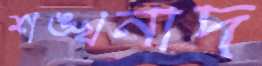
শঙ্খনাদ